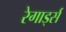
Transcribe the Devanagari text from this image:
रेगार्ड्स